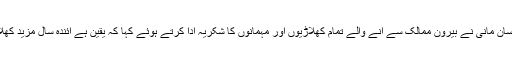
چیئرمین پی سی بی احسان مانی نے بیرون ممالک سے آنے والے تمام کھلاڑیوں اور مہمانوں کا شکریہ ادا کرتے ہوئے کہا کہ یقین ہے آئندہ سال مزید کھلاڑی پاکستان آئیں گے۔